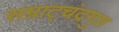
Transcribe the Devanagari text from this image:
सम्राट्चंद्रगुप्त